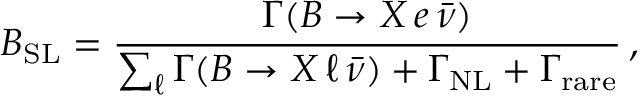
B _ { \mathrm { S L } } = { \frac { \Gamma ( B \to X \, e \, \bar { \nu } ) } { \sum _ { \ell } \Gamma ( B \to X \, \ell \, \bar { \nu } ) + \Gamma _ { \mathrm { N L } } + \Gamma _ { \mathrm { r a r e } } } } \, ,